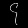
Digit: ၄